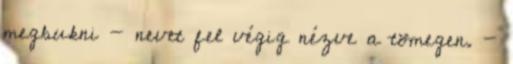
megbukni - nevet fel végig nézve a tömegen. -